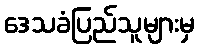
ဒေသခံပြည်သူများမှ